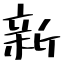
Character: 新